Vaccination in the Punjab 1919-1929 - 1919-1929
Year: 1919
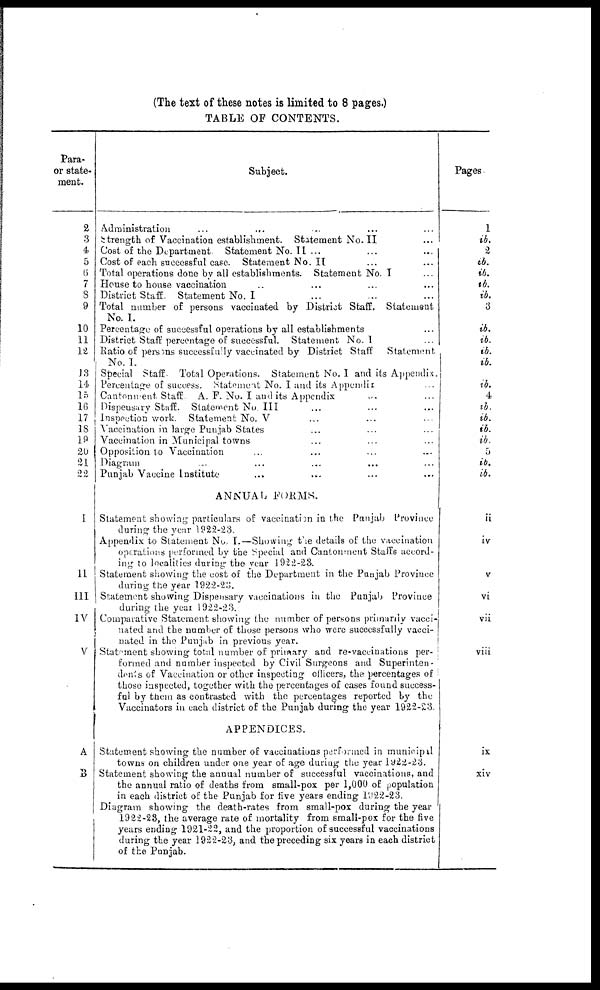
(The text of these notes is limited to 8 pages.)
TABLE OF CONTENTS.
Para-
or state-
ment.
2
3
4
5
6
7
8
9
10
11
12
13
14
15
16
17
18
19
20
21
22
I
II
III
IV
V
A
B
Subject.
Administration
Strength of Vaccination establishment. Statement No. II
Cost of the Department
Statement No.II ...
Cost of each successful case. Statement No. II
Total operations done by all establishments. Statement No. I
House to house vaccination
District Staff
Statement No. I
Total number of persons vaccinated by District Staff.
Statement
No. I.
Percentage of successful operations by all establishments
District Staff percentage of successful. Statement No. I
Ratio of persons successfully vaccinated by District Staff
Statement
No. I
Special Staff
Total Operations. Statement No. I and its Appendix.
Percentage of success. Statement No. I and its Appendix
Cantonment Staff
A. F. No. I and its Appendix
Dispensary Staff. Statement No III
Inspection work. Statement No. V
Vaccination in large Punjab States
Vaccination in Municipal towns
Opposition to Vaccination
Diagram
Punjab Vaccine Institute
ANNUAL FORMS.
Statement showing particulars of vaccination in the Punjab Province
during the year 1922-23.
Appendix to Statement No, I.—Showing the details of the vaccination
operations performed by the Special and Cantonment Staffs accord-
ing to localities during the year 1922-23.
Statement showing the cost of the Department in the Punjab Province
during the year 1922-23.
Statement showing Dispensary vaccinations in the Punjab Province
during the year 1922-23.
Comparative Statement showing the number of persons primarily vacci-
nated and the number of those persons who were successfully vacci-
nated in the Punjab in previous year.
Statement showing total number of primary and re-vaccinations per-
formed and number inspected by Civil Surgeons and Superinten-
dents of Vaccination or other inspecting officers, the percentages of
those inspected, together with the percentages of cases found success-
ful by them as contrasted with the percentages reported by the
Vaccinators in each district of the Punjab during the year 1922-23.
APPENDICES.
Statement showing the number of vaccinations performed in municipal
towns on children under one year of age during the year 1922-23.
Statement showing the annual number of successful vaccinations, and
the annual ratio of deaths from small-pox per 1,000 of population
in each district of the Punjab for five years ending 1922-23.
Diagram showing the death-rates from small-pox during the year
1922-23, the average rate of mortality from small-pox for the five
years ending 1921-22, and the proportion of successful vaccinations
during the year 1922-23, and the preceding six years in each district
of the Punjab.
Pages
1
ib.
2
ib.
ib.
ib.
ib.
3
ib.
ib.
ib.
ib.
ib.
4
ib.
ib.
ib.
ib.
5
ib.
ib.
ii
iv
v
vi
vii
viii
ix
xiv